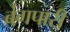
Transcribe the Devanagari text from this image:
बंगपारी